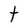
Character: t